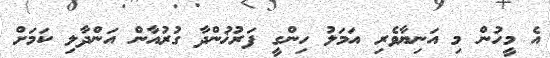
އެ މީހުން މި އަނިޔާވެރި އަމަލު ހިންގީ ފަރުޚުންދާ ގުރުއާން އަންދާލި ކަމަށް